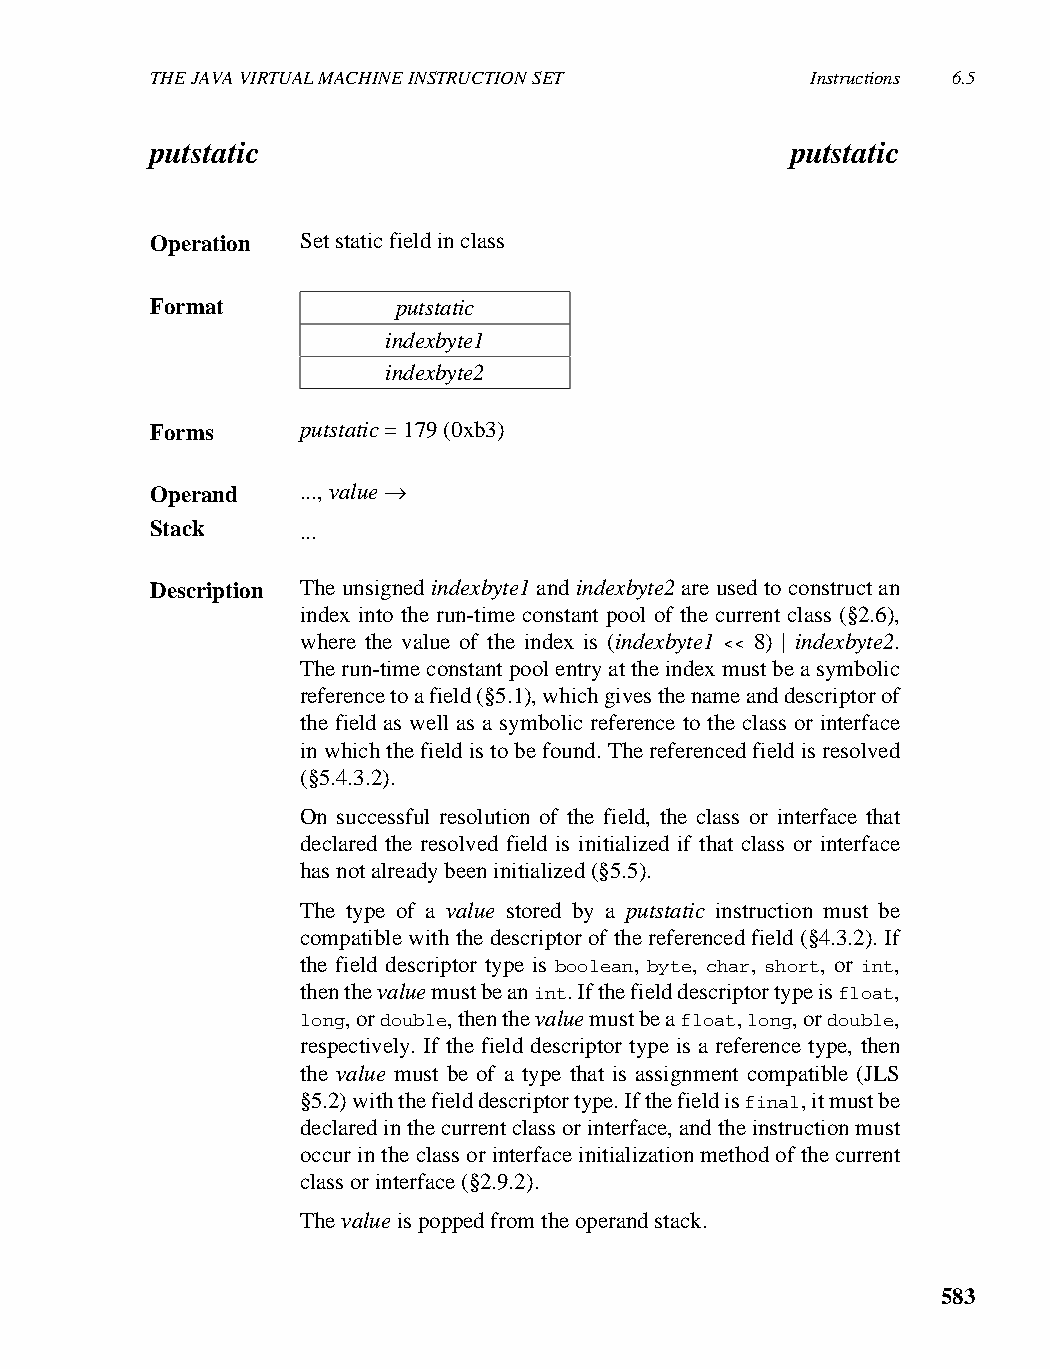
THE JAVA VIRTUAL MACHINE INSTRUCTION SET    Instructions 6.5
 putstatic                                 putstatic
 Operation Set static field in class
 Format          putstatic
 indexbyte1
 indexbyte2
 Forms     putstatic = 179 (0xb3)
 Operand   ..., value →
 Stack     ...
 Description The unsigned indexbyte1 and indexbyte2 are used to construct an
 index into the run-time constant pool of the current class (§2.6),
 where the value of the index is (indexbyte1 << 8) | indexbyte2.
 The run-time constant pool entry at the index must be a symbolic
 reference to a field (§5.1), which gives the name and descriptor of
 the field as well as a symbolic reference to the class or interface
 in which the field is to be found. The referenced field is resolved
 (§5.4.3.2).
 On successful resolution of the field, the class or interface that
 declared the resolved field is initialized if that class or interface
 has not already been initialized (§5.5).
 The type of a value stored by a putstatic instruction must be
 compatible with the descriptor of the referenced field (§4.3.2). If
 the field descriptor type is boolean, byte, char, short, or int,
 then the value must be an int. If the field descriptor type is float,
 long, or double, then the value must be a float, long, or double,
 respectively. If the field descriptor type is a reference type, then
 the value must be of a type that is assignment compatible (JLS
 §5.2) with the field descriptor type. If the field is final, it must be
 declared in the current class or interface, and the instruction must
 occur in the class or interface initialization method of the current
 class or interface (§2.9.2).
 The value is popped from the operand stack.
 583